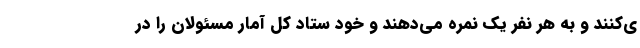
ی‌کنند و به هر نفر یک نمره می‌دهند و خود ستاد کل آمار مسئولان را در